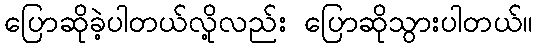
ပြောဆိုခဲ့ပါတယ်လို့လည်း ပြောဆိုသွားပါတယ်။